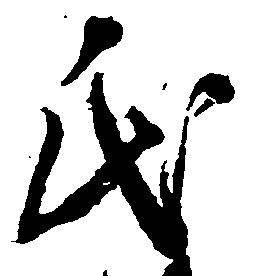
氏